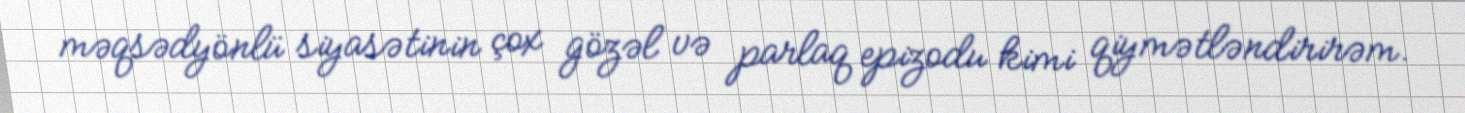
məqsədyönlü siyasətinin çox gözəl və parlaq epizodu kimi qiymətləndirirəm.